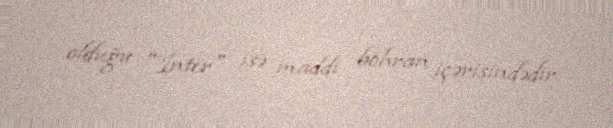
olduğu "İnter" isə maddi böhran içərisindədir.